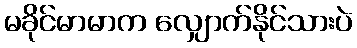
မခိုင်မာမာက လျှောက်နိုင်သားပဲ